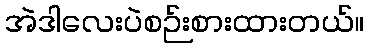
အဲဒါလေးပဲစဉ်းစားထားတယ်။